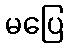
မပြေ